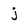
Character: j